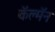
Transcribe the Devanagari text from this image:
कॅल्मॅन